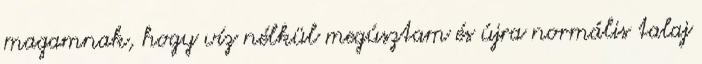
magamnak, hogy víz nélkül megúsztam és újra normális talaj